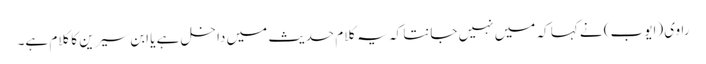
راوی (ایوب) نے کہا کہ میں نہیں جانتا کہ یہ کلام حدیث میں داخل ہے یا ابن سیرین کا کلام ہے۔